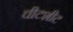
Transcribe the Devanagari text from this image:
चीटशीट